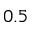
0 . 5